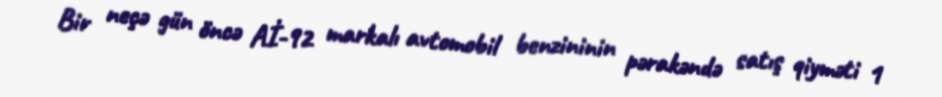
Bir neçə gün öncə Aİ-92 markalı avtomobil benzininin pərakəndə satış qiyməti 1